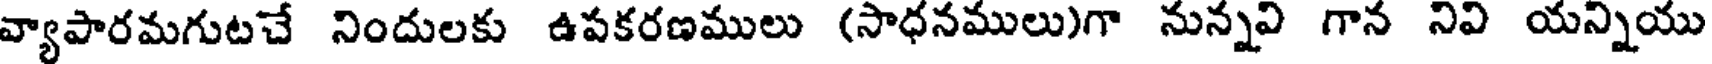
వ్యాపారమగుటచే నిందులకు ఉపకరణములు (సాధనములు)గా నున్నవి గాన నివి యన్నియు